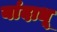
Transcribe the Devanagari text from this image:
यांदाधू